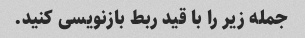
جمله زیر را با قید ربط بازنویسی کنید.